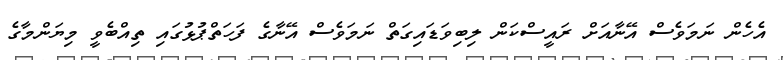
އެހެން ނަމަވެސް އޭނާއަށް ރައީސްކަން ލިބިވަޑައިގަތް ނަމަވެސް އޭނާގެ ފަހަތްޕުޅުގައި ތިއްބެވީ މިޔަންމާގެ